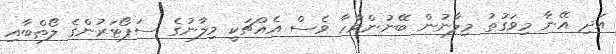
އަދި އޭނާ މިވަގުތު މިލާނުން ބޭނުންވާހާ ވެސް އެއްޗަކީ މިލާނުގެ ސަޕޯޓަރުންގެ ލޯތްބާއި